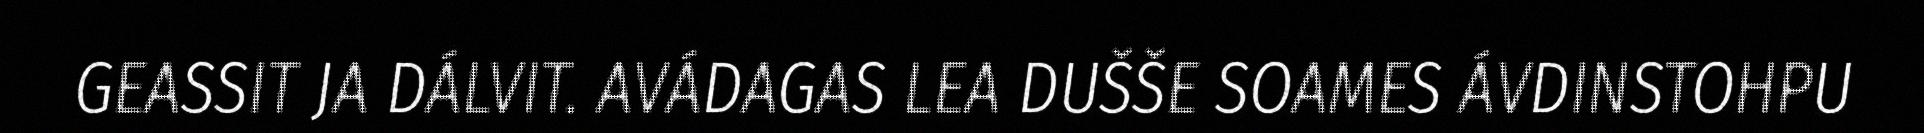
GEASSIT JA DÁLVIT. AVÁDAGAS LEA DUŠŠE SOAMES ÁVDINSTOHPU